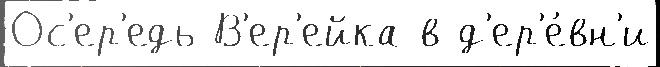
Ос'ер'едь В'ер'ейка в д'ер'е́вн'и